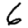
Digit: 6